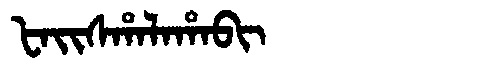
Manchu: ᡶᠠᡳᠰᡥᠠᠯᠠᡥᠠᠪᡳ
Romanization: FAISHALAHABI